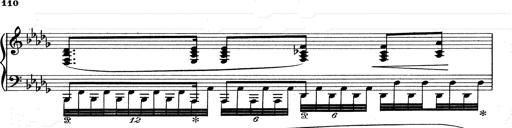
Title: Walhall aus Der Ring des Nibelungen
Composer: Franz Liszt